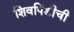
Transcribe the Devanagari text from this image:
शिवपिंडीची